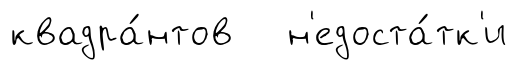
квадра́нтов н'едоста́тк'и